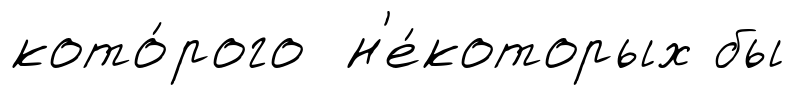
кото́рого н'е́которых бы